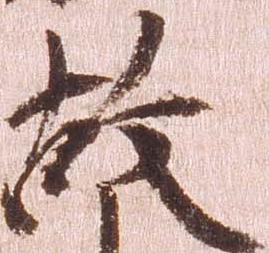
故